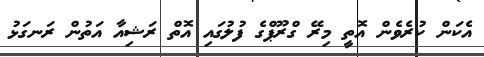
އެކަން ކުރެވެން އޮތީ މިރޭ ގްރޫޕްގެ ފުލުގައި އޮތް ރަޝިއާ އަތުން ރަަނގަޅު